Annual statistical returns and brief notes on vaccination in Bengal - 1909-1929
Year: 1909
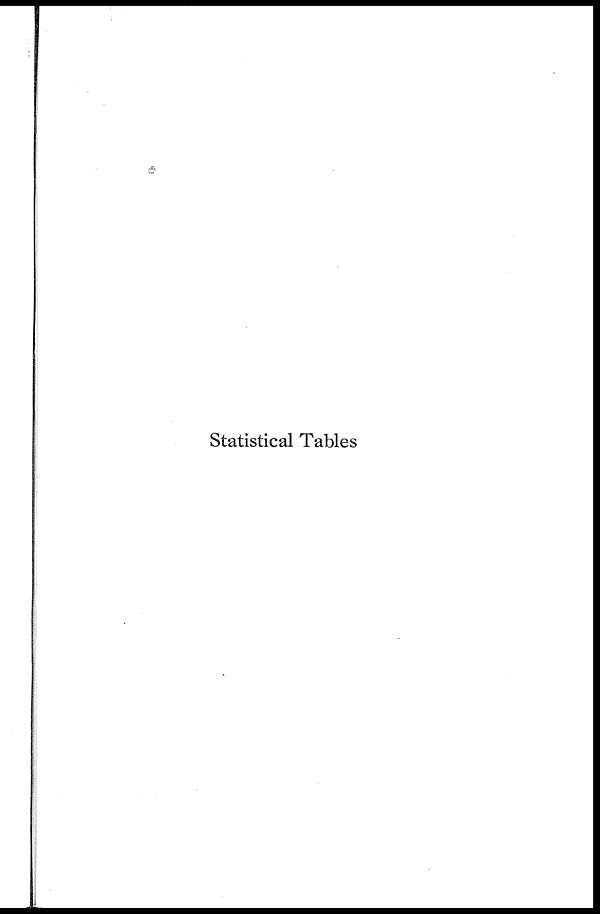
Statistical Tables